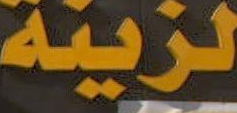
لزينة